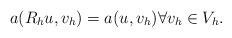
LaTeX: \begin{align*}a(R_h u, v_h) = a(u,v_h) \forall v_h \in V_h.\end{align*}